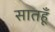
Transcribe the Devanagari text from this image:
सातहूँ